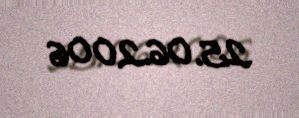
25.06.2006